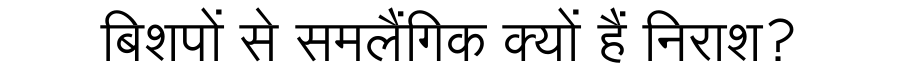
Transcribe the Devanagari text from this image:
बिशपों से समलैंगिक क्यों हैं निराश?